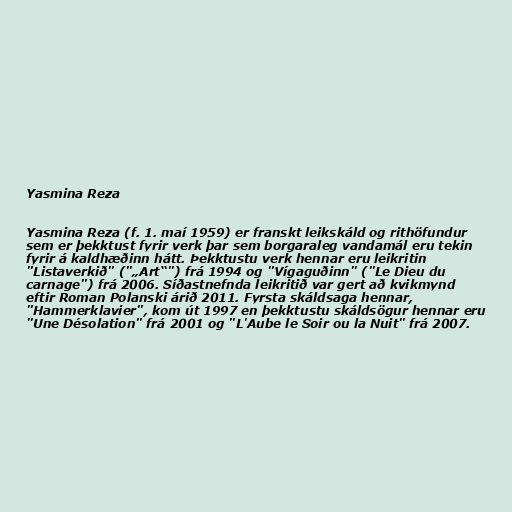
Yasmina Reza

Yasmina Reza (f. 1. maí 1959) er franskt leikskáld og rithöfundur
sem er þekktust fyrir verk þar sem borgaraleg vandamál eru tekin
fyrir á kaldhæðinn hátt. Þekktustu verk hennar eru leikritin
"Listaverkið" ("„Art“") frá 1994 og "Vígaguðinn" ("Le Dieu du
carnage") frá 2006. Síðastnefnda leikritið var gert að kvikmynd
eftir Roman Polanski árið 2011. Fyrsta skáldsaga hennar,
"Hammerklavier", kom út 1997 en þekktustu skáldsögur hennar eru
"Une Désolation" frá 2001 og "L'Aube le Soir ou la Nuit" frá 2007.